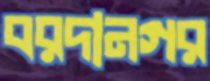
বরদানগর